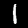
Digit: 1